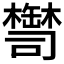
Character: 𦉚